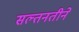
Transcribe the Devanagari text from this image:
सल्तनतीने